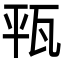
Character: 㼞